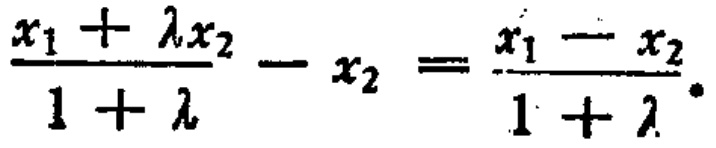
\(\frac{x_{1}+\lambda x_{2}}{1 + \lambda}-x_{2}=\frac{x_{1}-x_{2}}{1+\lambda}\)